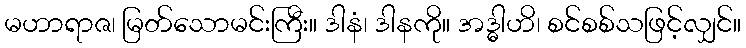
မဟာရာဇ၊ မြတ်သောမင်းကြီး။ ဒါနံ၊ ဒါနကို။ အဒ္ဓါဟိ၊ စင်စစ်သဖြင့်လျှင်။